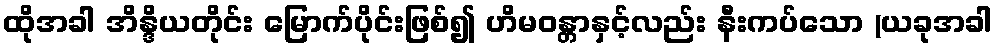
ထိုအခါ အိန္ဒိယတိုင်း မြောက်ပိုင်းဖြစ်၍ ဟိမဝန္တာနှင့်လည်း နီးကပ်သော (ယခုအခါ